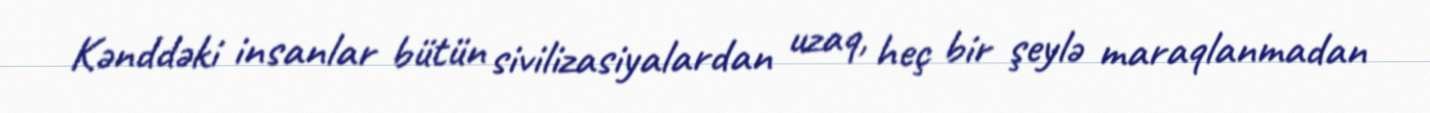
Kənddəki insanlar bütün sivilizasiyalardan uzaq, heç bir şeylə maraqlanmadan